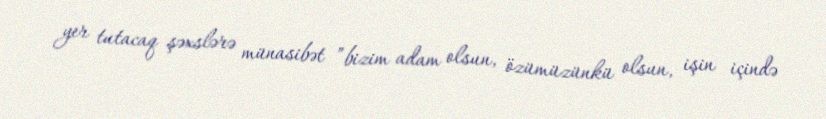
yer tutacaq şəxslərə münasibət ”bizim adam olsun, özümüzünkü olsun, işin içində